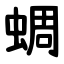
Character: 蜩